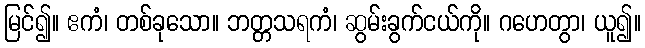
မြင်၍။ ဧကံ၊ တစ်ခုသော။ ဘတ္တသရကံ၊ ဆွမ်းခွက်ငယ်ကို။ ဂဟေတွာ၊ ယူ၍။